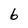
Character: 6